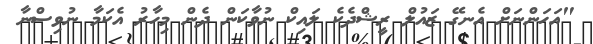
"އަހަންނަށް އެނގޭ ޒައުލް ރީޝްދެކެ ލައިކް ނުވާކަން ދެން މިހާރު އެކަމާ ނުވިސްނާ